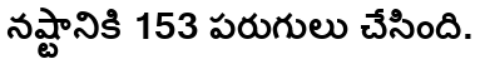
నష్టానికి 153 పరుగులు చేసింది.